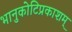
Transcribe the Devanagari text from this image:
भानुकोटिप्रकाशम्